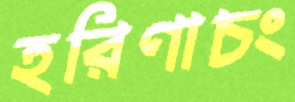
হরিণাচং